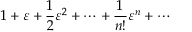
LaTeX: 1 + \varepsilon + { \frac { 1 } { 2 } } \varepsilon ^ { 2 } + \cdots + { \frac { 1 } { n ! } } \varepsilon ^ { n } + \cdots